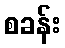
စခန်း